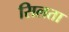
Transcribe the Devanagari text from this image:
सिलता